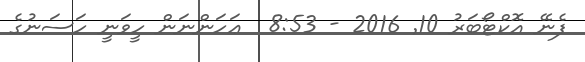
ފެނޭ އޮކްޓޯބަރު 10